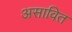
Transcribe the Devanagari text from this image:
असावित